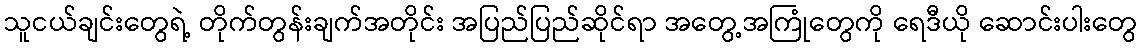
သူငယ်ချင်းတွေရဲ့ တိုက်တွန်းချက်အတိုင်း အပြည်ပြည်ဆိုင်ရာ အတွေ့အကြုံတွေကို ရေဒီယို ဆောင်းပါးတွေ